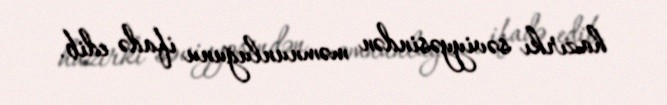
hazırkı səviyyəsindən məmnunluğunu ifadə edib.